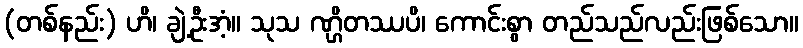
(တစ်နည်း) ဟိ၊ ချဲ့ဦးအံ့။ သုသ ဏ္ဌိတဿပိ၊ ကောင်းစွာ တည်သည်လည်းဖြစ်သော။